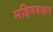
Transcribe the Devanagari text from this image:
महिषवाहन